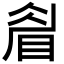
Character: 睂